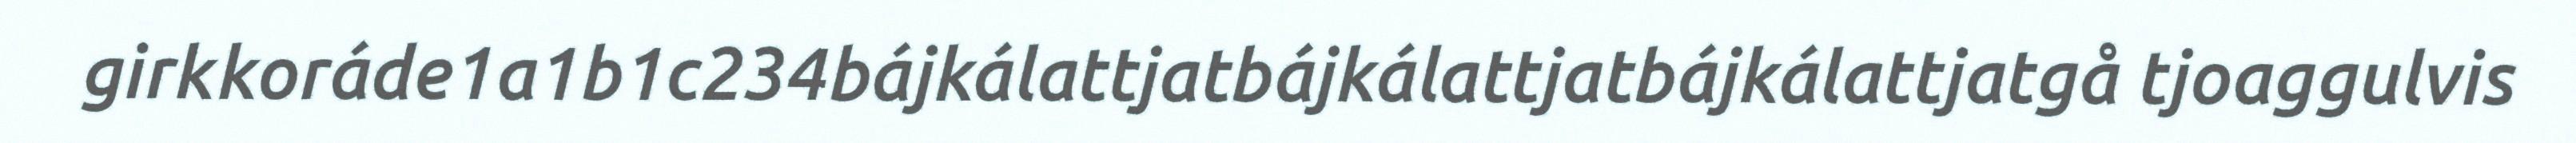
girkkoráde1a1b1c234bájkálattjatbájkálattjatbájkálattjatgå tjoaggulvis